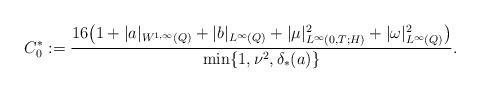
LaTeX: \begin{align*} C_0^* := \frac{16 \bigl( 1 +| a|_{W^{1, \infty}(Q)} +|b|_{L^\infty(Q)} +|\mu|_{L^\infty(0, T; H)}^2 +|\omega|_{L^\infty(Q)}^2 \bigr)}{\min \{1, \nu^2, \delta_*(a)\}}. \end{align*}